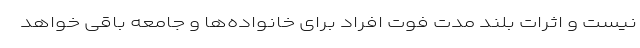
نیست و اثرات بلند مدت فوت افراد برای خانواده‌ها و جامعه باقی خواهد